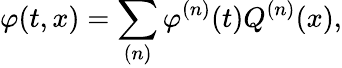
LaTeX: \varphi(t,x)=\sum_{(n)}\varphi^{(n)}(t)Q^{(n)}(x),